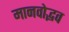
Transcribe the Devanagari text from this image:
मानवोद्भव